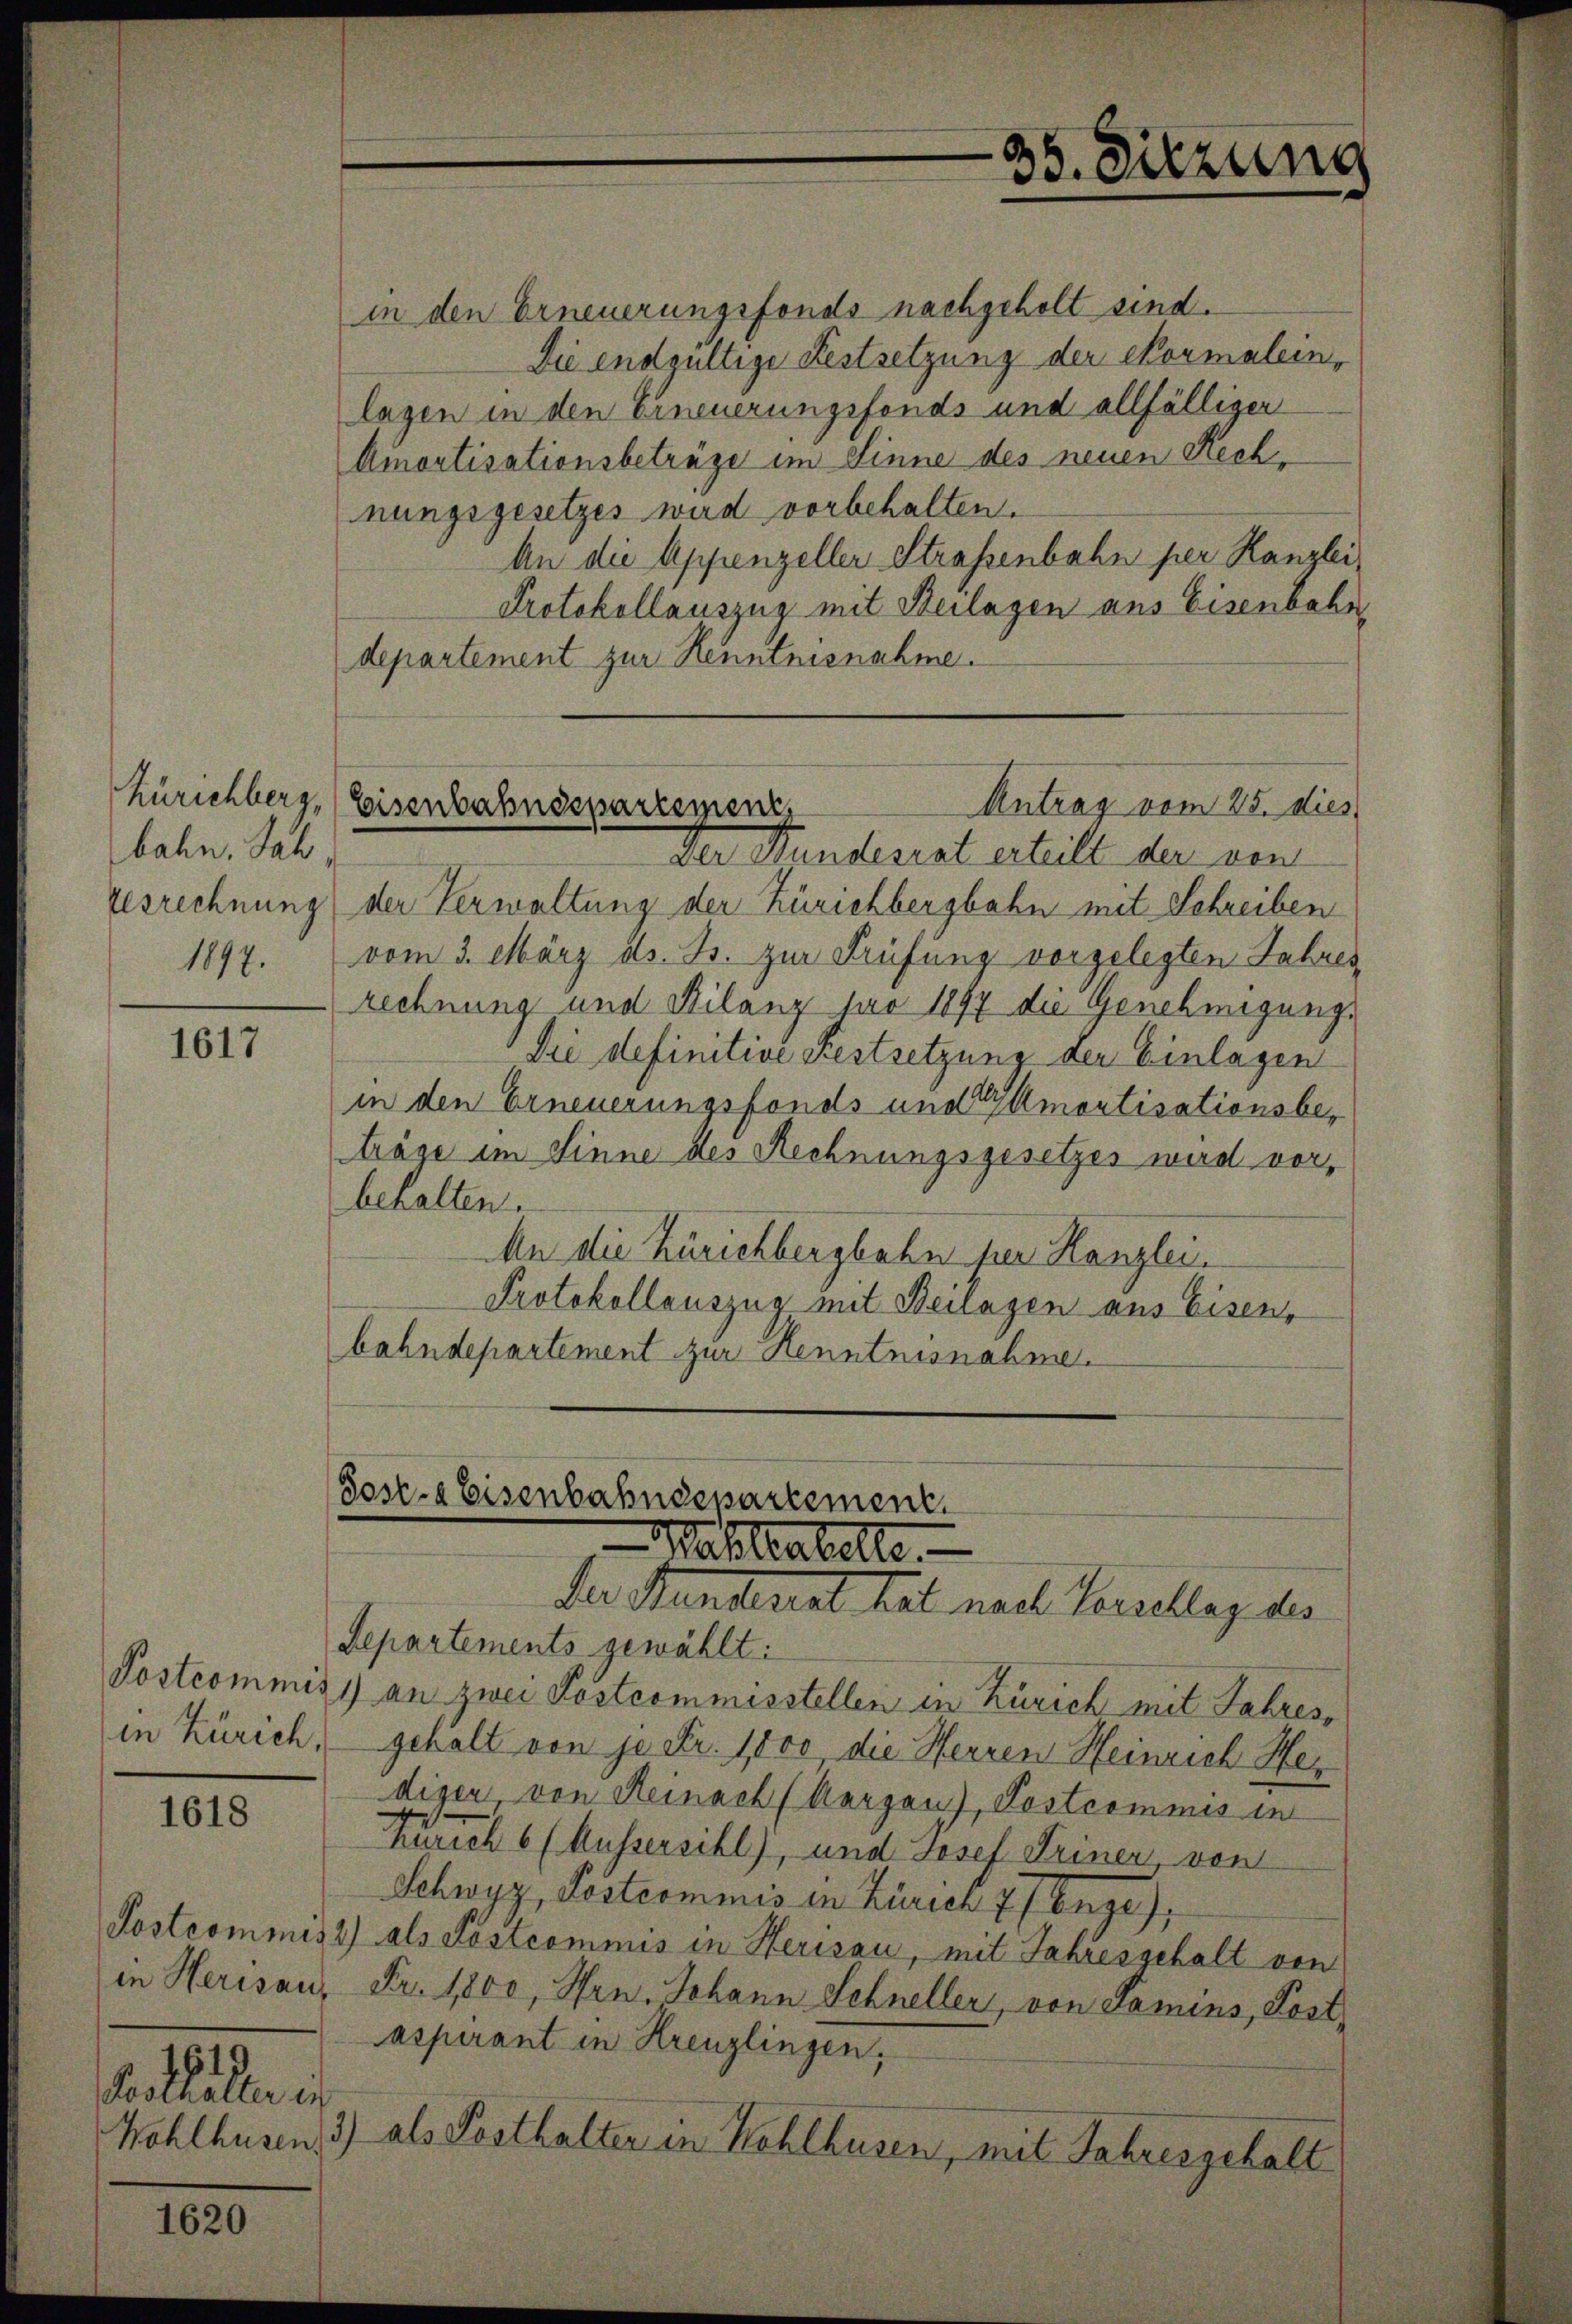
bahn. Jah
1897.

1617

in Zürich,

1618

1620

in den Erneuerungsfonds nachgeholt sind.
Sie endgültige Festsetzung der Normalein,
lagen in den Erneuerungsfonds und allfälliger
Amortisationsbeträge im Sinne des neuen Rechnungsgesetzes wird vorbehalten.
An die Appenzeller Strassenbahn per Kanzlei,
Protokollauszug mit Beilagen aus Eisenbahn
departement zur Kenntnisnahme.

1619
Kosthalter in
Wohlhusen.

d
ss. Sitzung

Der Bundesrat erteilt der von
zesrechnung der Verwaltung der Zürichbergbahn mit Schreiben
vom 3. März ds. Js. zur Prüfung vorgelegten Jahresrechnung und Bilanz pro 1897 die Genehmigungs
Die definitive Festsetzung der Einlagen
in den Erneuerungsfonds und Amortisationsbeträge im Sinne des Rechnungsgesetzes wird vor,
behalten.
An die Zürichbergbahn her Kanzlei.
Protokollauszug mit Beilagen aus Eisen,
bahndepartement zur Kenntnisnahme.

Zürichberg, Eisenbahndepartemen
Antrag vom 25. dies

Post-a Eisenbahndepartement.
Mahlakelte.
der Standerent hat nach Versellaz des
Separtements gewählt:

Postcommis an zwei Postcommisstellen in Zürich mit Jahresgehalt von je Fr. 1000 die Herren Heinrich Herdigen, von Reinach (Aargau), Postcommis in
Zürich 6 (Aussersihl), und Josef Deiner, von
Schwyz, Postcommis in Zürich 7 (Enge),
Postcommiss) als Postcommis in Herisau, mit Jahresschalt von
in Herisau, Fr. 1800, Hrn. Johann Schneller, von Samins, Post,
aspirant in Kreuzlingen,
3) als Posthalter in Kohlhusen, mit Jahresgehalt